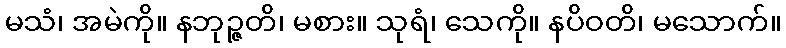
မသံ၊ အမဲကို။ နဘုဉ္ဇတိ၊ မစား။ သုရံ၊ သေကို။ နပိဝတိ၊ မသောက်။